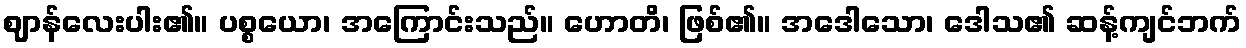
ဈာန်လေးပါး၏။ ပစ္စယော၊ အကြောင်းသည်။ ဟောတိ၊ ဖြစ်၏။ အဒေါသော၊ ဒေါသ၏ ဆန့်ကျင်ဘက်